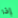
إذا